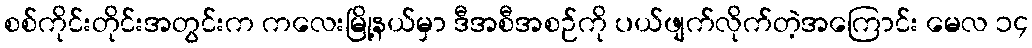
စစ်ကိုင်းတိုင်းအတွင်းက ကလေးမြို့နယ်မှာ ဒီအစီအစဉ်ကို ပယ်ဖျက်လိုက်တဲ့အကြောင်း မေလ ၁၄